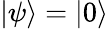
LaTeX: |\psi\rangle=|0\rangle